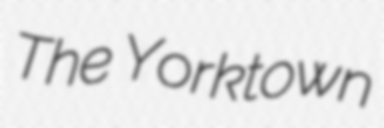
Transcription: The Yorktown